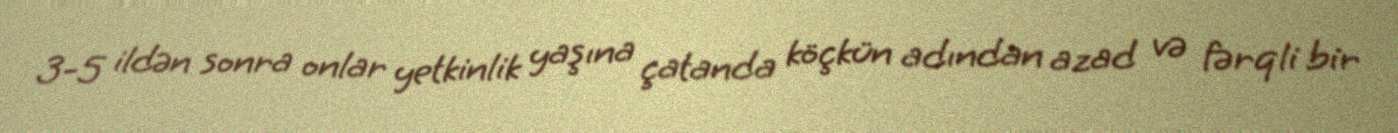
3-5 ildən sonra onlar yetkinlik yaşına çatanda köçkün adından azad və fərqli bir